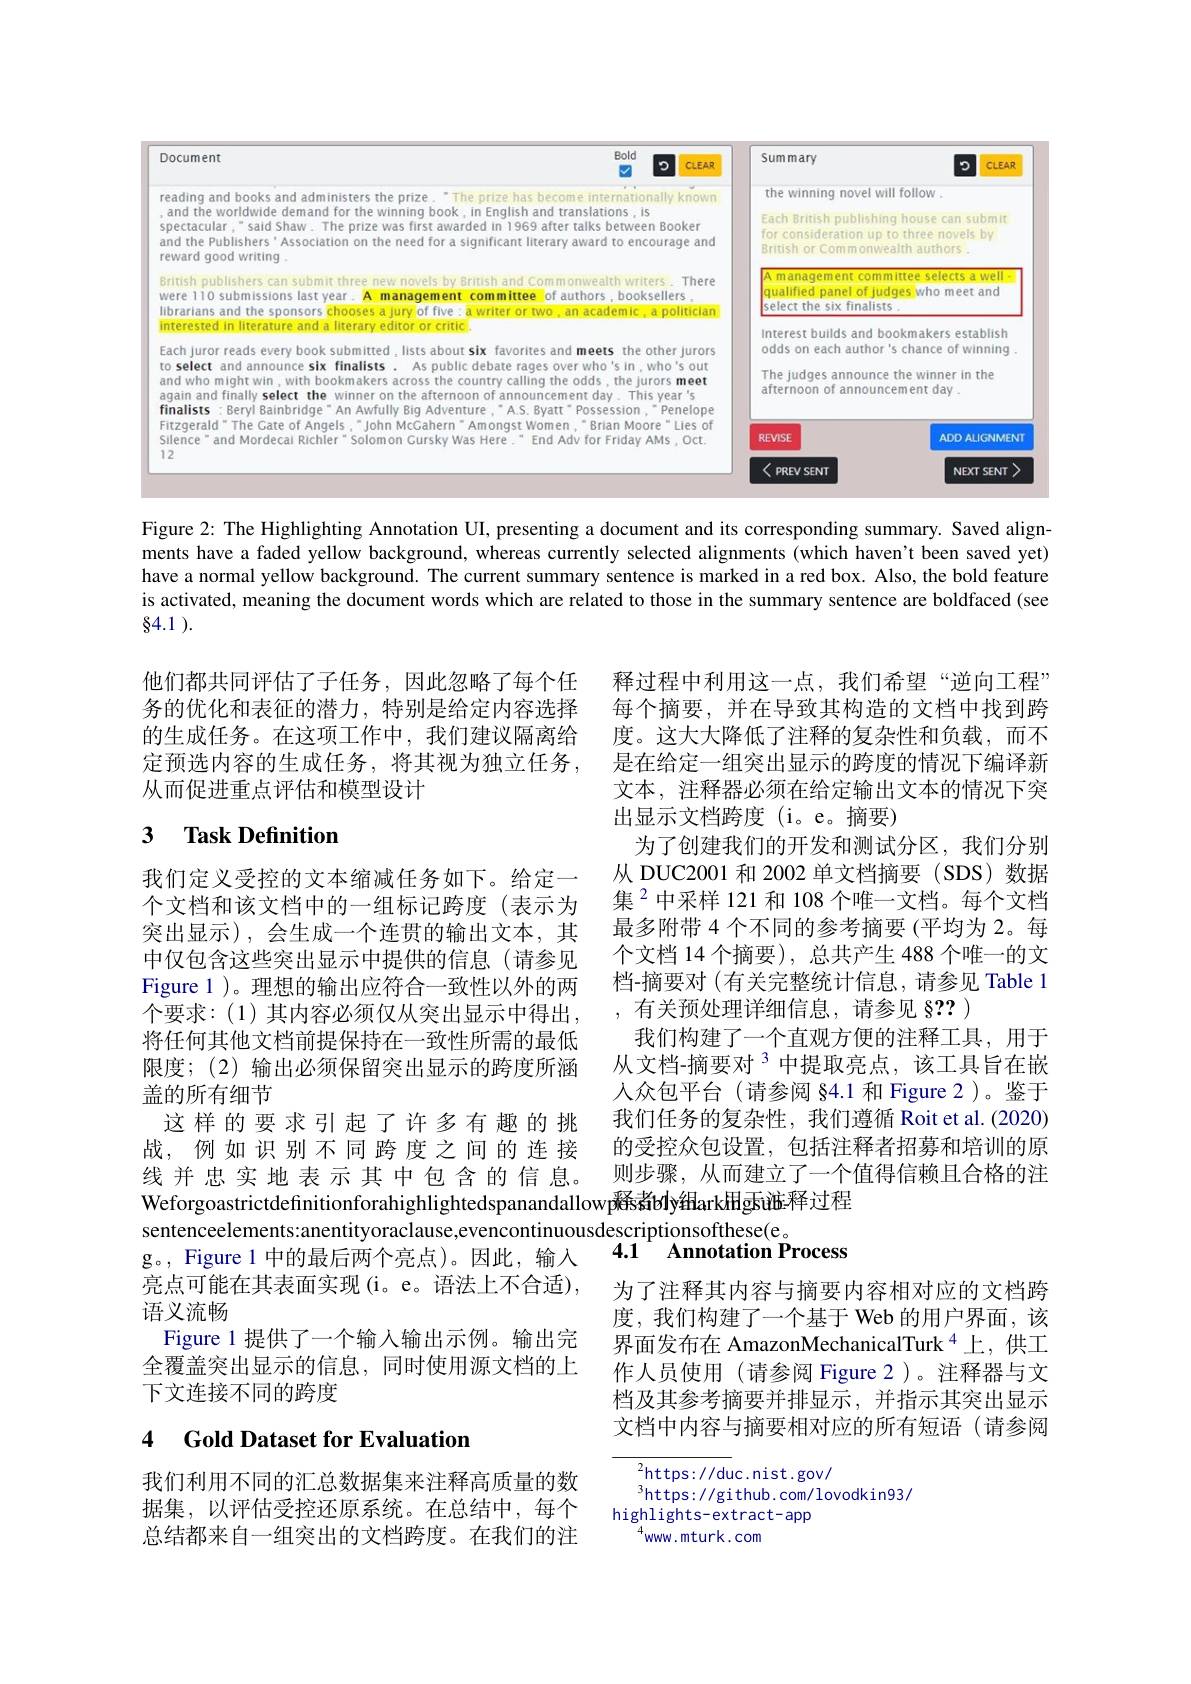
<FigureHere>

Figure 2: The Highlighting Annotation UI, presenting a document and its corresponding summary. Saved alignments have a faded yellow background, whereas currently selected alignments (which haven't been saved yet) have a normal yellow background. The current summary sentence is marked in a red box. Also, the bold feature is activated, meaning the document words which are related to those in the summary sentence are boldfaced (see

84.1 ).

他们都共同评估了子任务，因此忽略了每个任 释过程中利用这一点，我们希望“逆向工程” 务的优化和表征的潜力，特别是给定内容选择 每个摘要，并在导致其构造的文档中找到跨的生成任务。在这项工作中，我们建议隔离给 度。这大大降低了注释的复杂性和负载，而不定预选内容的生成任务，将其视为独立任务，是在给定一组突出显示的跨度的情况下编译新从而促进重点评估和模型设计

# 3 Task Definition

文本，注释器必须在给定输出文本的情况下突
出显示文档跨度(i。e。摘要)
为了创建我们的开发和测试分区，我们分别从 DUC2001 和 2002 单文档摘要 (SDS) 数据集$^{2}$中采样 121 和 108 个唯一文档。每个文档最多附带 4 个不同的参考摘要 (平均为 2。每个文档 14 个摘要), 总共产生 488 个唯一的文档-摘要对(有关完整统计信息，请参见 Table 1 ,有关预处理详细信息，请参见 §?? )
我们构建了一个直观方便的注释工具，用于从文档-摘要对$^{3}$中提取亮点，该工具旨在嵌人众包平台(请参阅 §4.1 和 Figure 2)。鉴于我们任务的复杂性，我们遵循 Roit et al.(2020) 的受控众包设置，包括注释者招募和培训的原则步骤，从而建立了一个值得信赖且合格的注
Weforgoastrictdefinitionforahighlightedspanandallowp解s者bły组arkHg汞诚释过程

我们定义受控的文本缩减任务如下。给定一个文档和该文档中的一组标记跨度(表示为突出显示),会生成一个连贯的输出文本，其中仅包含这些突出显示中提供的信息(请参见Figure 1 )。理想的输出应符合一致性以外的两个要求：(1) 其内容必须仅从突出显示中得出， 将任何其他文档前提保持在一致性所需的最低限度；(2)输出必须保留突出显示的跨度所涵盖的所有细节
这样的要求引起了许多有趣的挑战，例如识别不同跨度之间的连接线并忠实地表示其中包含的信息。sentenceelements:anentityoraclause,evencontinuousdescriptionsofthese(e。
g。, Figure 1 中的最后两个亮点)。因此，输入亮点可能在其表面实现(i。e。语法上不合适), 语义流畅
Figure 1 提供了一个输入输出示例。输出完全覆盖突出显示的信息，同时使用源文档的上下文连接不同的跨度

$4.1^{-1}$ Annotation Process

为了注释其内容与摘要内容相对应的文档跨度，我们构建了一个基于 Web 的用户界面，该界面发布在 AmazonMechanicalTurk $^{4}$上，供工作人员使用(请参阅 Figure 2)。注释器与文档及其参考摘要并排显示，并指示其突出显示文档中内容与摘要相对应的所有短语(请参阅

### 4 Gold Dataset for Evaluation

$^{2}$https://duc.nist.gov/
$^3$https://github.com/lovodkin93/
highlights-extract-app
$^{4}$www. mturk. com

我们利用不同的汇总数据集来注释高质量的数据集，以评估受控还原系统。在总结中，每个总结都来自一组突出的文档跨度。在我们的注